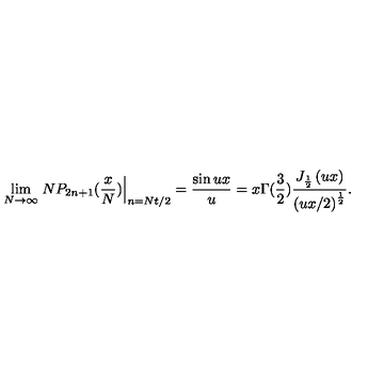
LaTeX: \lim _ { N \rightarrow \infty } \left. N P _ { 2 n + 1 } ( \frac { x } { N } ) \right| _ { n = N t / 2 } = \frac { \sin u x } { u } = x \Gamma ( \frac 3 2 ) \frac { J _ { \frac 1 2 } \left( u x \right) } { \left( u x / 2 \right) ^ { \frac 1 2 } } .